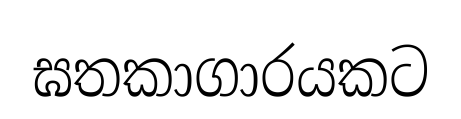
ඝතකාගාරයකට